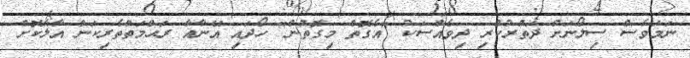
ނަމަވެސް ސިލޯނަށް ދަތުރުކުރި ދިވެއްސަކު "އެގޮތް މިގޮތުން" ހޯދައި އޭނާއާ ރަޙްމަތްތެރިކަން އާލާކޮށް